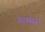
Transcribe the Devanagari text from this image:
बाळमेळा